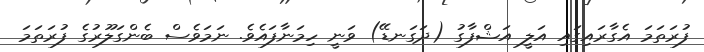
ފުރަތަމަ އެގާާރައިގައި އަލީ އަޝްފާގު (ދަގަނޑޭ) ވަނީ ހިމަނާފައެވެ. ނަމަވެސް ބެންގަލޫރުގެ ފުރަތަމަ